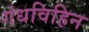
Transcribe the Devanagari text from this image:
गंधविहिन